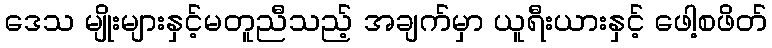
ဒေသ မျိုးများနှင့်မတူညီသည့် အချက်မှာ ယူရီးယားနှင့် ဖေါ့စဖိတ်